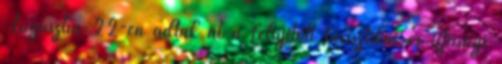
Augusztus 22-én adták át a felújított turisztikai és ifjúsági